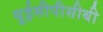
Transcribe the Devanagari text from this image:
यूईसीपीसीबी